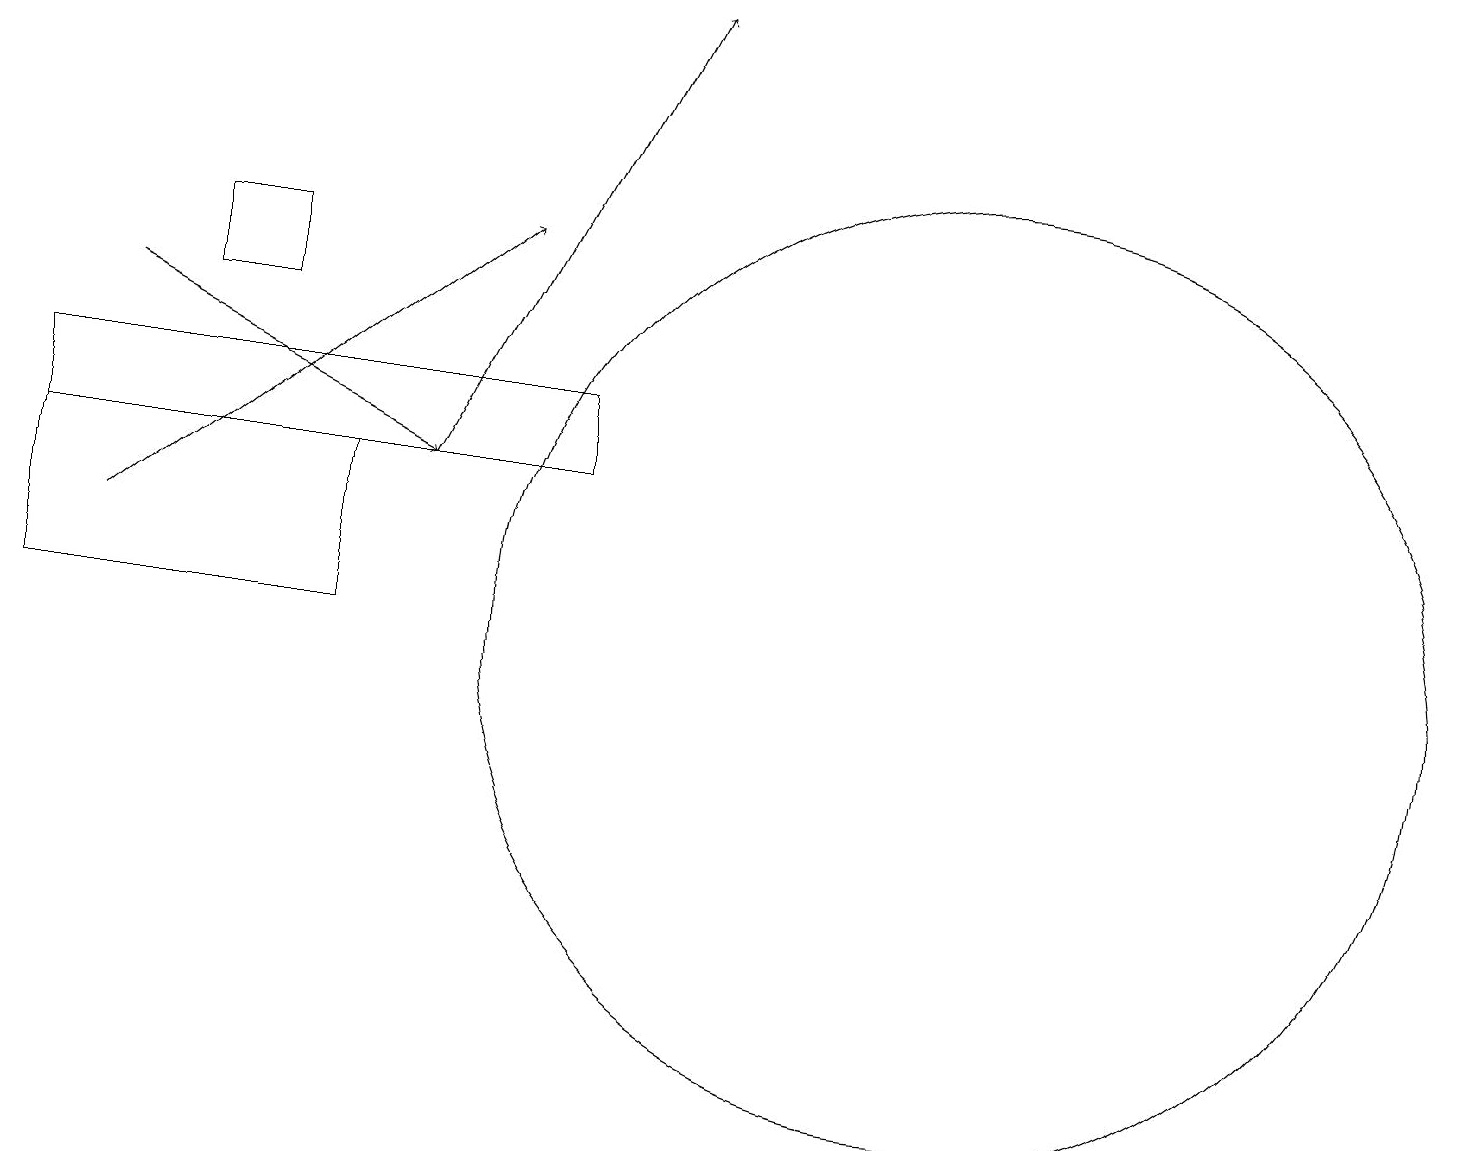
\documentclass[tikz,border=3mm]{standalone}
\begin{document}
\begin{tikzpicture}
\draw[->] (1,12) -- (6,16);
\draw (7,13) rectangle (0,14);
\draw (3,15) rectangle (2,16);
\draw (1,13) rectangle (2,13);
\draw (4,11) rectangle (0,13);
\draw (12,11) circle (6);
\draw[->] (5,13) -- (8,19);
\draw[->] (1,15) -- (5,13);
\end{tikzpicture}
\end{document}